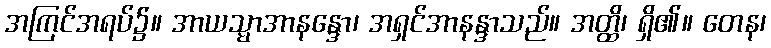
အကြင်အရပ်၌။ အာယသ္မာအာနန္ဒော၊ အရှင်အာနန္ဒာသည်။ အတ္ထိ၊ ရှိ၏။ တေန၊